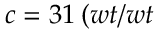
c = 3 1 \: ( w t / w t \